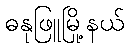
ဓနုဖြူမြို့နယ်